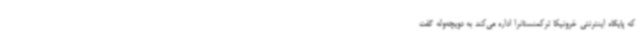
که پایگاه اینترنتی خرونیکا ترکمنستانرا اداره می‌کند به دویچه‌وله گفت